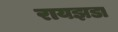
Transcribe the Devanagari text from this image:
रायझडा